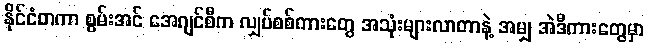
နိုင်ငံတကာ စွမ်းအင် အေဂျင်စီက လျှပ်စစ်ကားတွေ အသုံးများလာတာနဲ့ အမျှ အဲဒီကားတွေမှာ